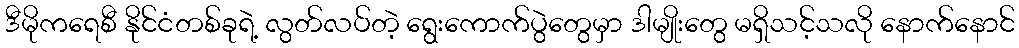
ဒီမိုကရေစီ နိုင်ငံတစ်ခုရဲ့ လွတ်လပ်တဲ့ ရွေးကောက်ပွဲတွေမှာ ဒါမျိုးတွေ မရှိသင့်သလို နောက်နောင်